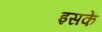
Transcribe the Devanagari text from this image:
इसकें